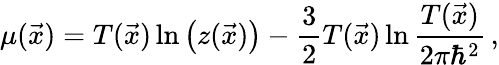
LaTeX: \mu(\vec{x})=T(\vec{x})\ln\left(z(\vec{x})\right)-\frac{3}{2}T(\vec{x})\ln\frac{T(\vec{x})}{2\pi\hbar^{2}}\, ,